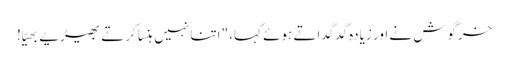
خرگوش نے اور زیادہ گدگداتے ہوئے کہا، "اتنا نہیں ہنسا کرتے بھیڑیے بھیّا!